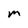
Character: m